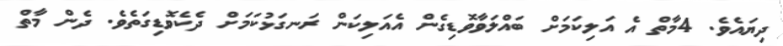
ދިޔައެވެ. 4މާތް އެ އަލިކަމަށް ބައްލަވާވޮޑިގެން އެއަލިކަން ރަނގަޅުކަމަށް ދެކެވޮޑިގަތެވެ. ދެން މާތް